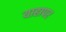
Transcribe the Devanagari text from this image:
याहापर